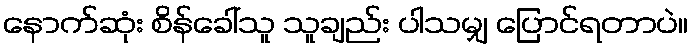
နောက်ဆုံး စိန်ခေါ်သူ သူချည်း ပါသမျှ ပြောင်ရတာပဲ။